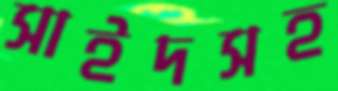
সাইদসহ